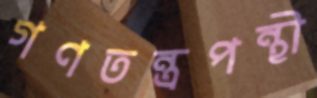
গণতন্ত্রপন্থী